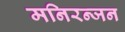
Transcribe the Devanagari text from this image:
मनिरन्जन